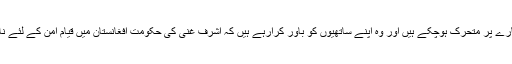
دوسری جانب بھارتی اور امریکی کٹھ پتلی کرزئی ایک مرتبہ پھر بھارتی اشارے پر متحرک ہوچکے ہیں اور وہ اپنے ساتھیوں کو باور کرارہے ہیں کہ اشرف غنی کی حکومت افغانستان میں قیام امن کے لئے ناکام ہوچکی ہے اور وہ خود جلد ایک عبوری حکومت کی سربراہی کریں گے ۔